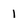
Character: 1